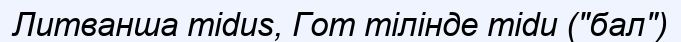
Литванша midus, Гот тілінде midu ("бал")